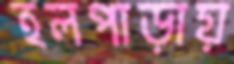
হলপাড়ায়